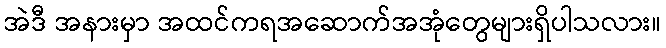
အဲဒီ အနားမှာ အထင်ကရအဆောက်အအုံတွေများရှိပါသလား။